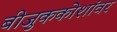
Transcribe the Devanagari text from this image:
बीजुककोशांवर